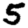
Digit: 5